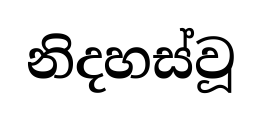
නිදහස්වූ